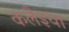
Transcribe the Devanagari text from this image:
कलैइया